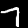
Digit: 7